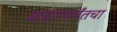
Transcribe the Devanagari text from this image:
शहरापर्यंतचा